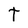
Character: t